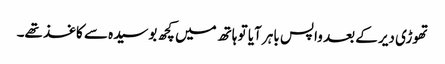
تھوڑی دیر کے بعد واپس باہر آیا تو ہاتھ میں کچھ بوسیدہ سے کاغذ تھے۔